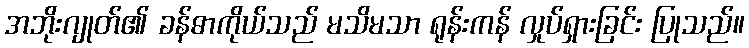
အဘိုးဂျုတ်၏ ခန်ဓာကိုယ်သည် မသိမသာ ရုန်းကန် လှုပ်ရှားခြင်း ပြုသည်။